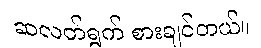
ဆလတ်ရွက် စားချင်တယ်။